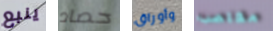
ينبع حصاد وأوراق مغتصب